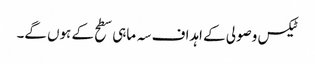
ٹیکس وصولی کے اہداف سہ ماہی سطح کے ہوں گے۔